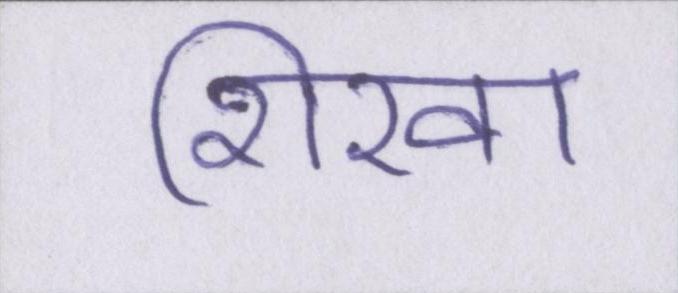
शिखा